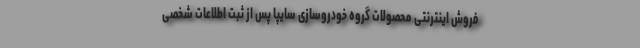
فروش اینترنتی محصولات گروه خودروسازی سایپا پس از ثبت اطلاعات شخصی